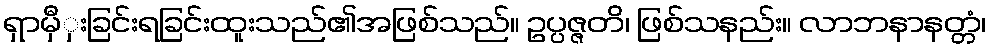
ရှာမှီှးခြင်းရခြင်းထူးသည်၏အဖြစ်သည်။ ဥပ္ပဇ္ဇတိ၊ ဖြစ်သနည်း။ လာဘနာနတ္တံ၊